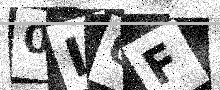
Text: 0L0F